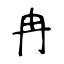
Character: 冉